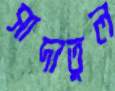
সাদাতুল